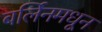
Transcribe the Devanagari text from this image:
बर्लिनमधून